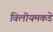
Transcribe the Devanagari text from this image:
विलीयमकडे